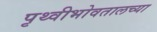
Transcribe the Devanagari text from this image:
पृथ्वीभोवतालच्या